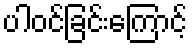
ပါဝင်ခြင်းကြောင့်